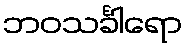
ဘဝသင်္ခါရော